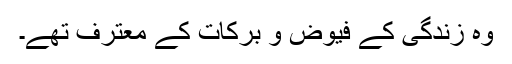
وہ زندگی کے فیوض و برکات کے معترف تھے۔